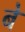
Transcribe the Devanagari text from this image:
बें